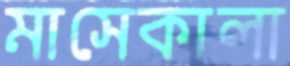
মাসেকালা